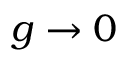
g \to 0